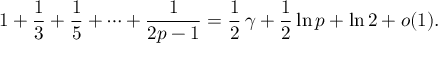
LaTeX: { 1 } + { \frac { 1 } { 3 } } + { \frac { 1 } { 5 } } + \cdots + { \frac { 1 } { 2 p - 1 } } = { \frac { 1 } { 2 } } \, \gamma + { \frac { 1 } { 2 } } \ln p + \ln 2 + o ( 1 ) .